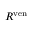
R ^ { \mathrm { v e n } }